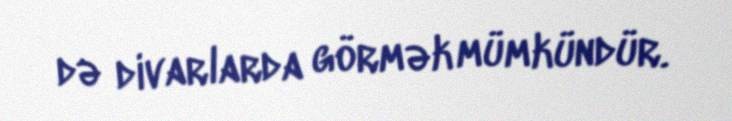
də divarlarda görmək mümkündür.